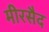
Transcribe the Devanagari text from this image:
मीरसैद